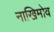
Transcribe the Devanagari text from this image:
नाखिमोव